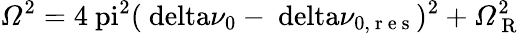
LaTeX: \mathit{\Omega}^{2}=4\mathrm{\ pi}^{2}(\mathrm{\ delta}\nu_{0}-\mathrm{\ delta}\nu_{0,\mathrm{~r~e~s~}})^{2}+\mathit{\Omega}_{\mathrm{~R~}}^{2}